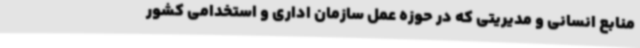
منابع انسانی و مدیریتی که در حوزه عمل سازمان اداری و استخدامی کشور